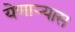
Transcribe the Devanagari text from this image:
येणाऱ्यास